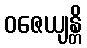
ဝဇေယျန္တိ